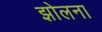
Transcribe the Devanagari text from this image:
झोलना